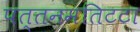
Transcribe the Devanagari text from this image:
पत्तनमतिटटा